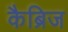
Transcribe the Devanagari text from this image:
कैब्रिज